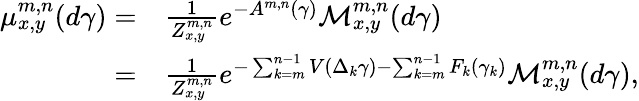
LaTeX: \begin{array}{rl}{\mu_{x,y}^{m,n}(d\gamma)=}&{\frac{1}{Z_{x,y}^{m,n}}e^{-A^{m,n}(\gamma)}\mathcal{M}_{x,y}^{m,n}(d\gamma)}\\ {=}&{\frac{1}{Z_{x,y}^{m,n}}e^{-\sum_{k=m}^{n-1}V(\Delta_{k}\gamma)-\sum_{k=m}^{n-1}F_{k}(\gamma_{k})}\mathcal{M}_{x,y}^{m,n}(d\gamma),}\end{array}